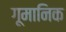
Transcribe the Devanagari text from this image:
गूमानिक